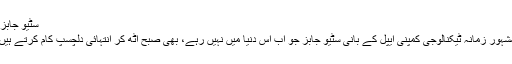
سٹیو جابز:
مشہور زمانہ ٹیکنالوجی کمپنی ایپل کے بانی سٹیو جابز جو اب اس دنیا میں نہیں رہے، بھی صبح اٹھ کر انتہائی دلچسپ کام کرتے ہیں۔